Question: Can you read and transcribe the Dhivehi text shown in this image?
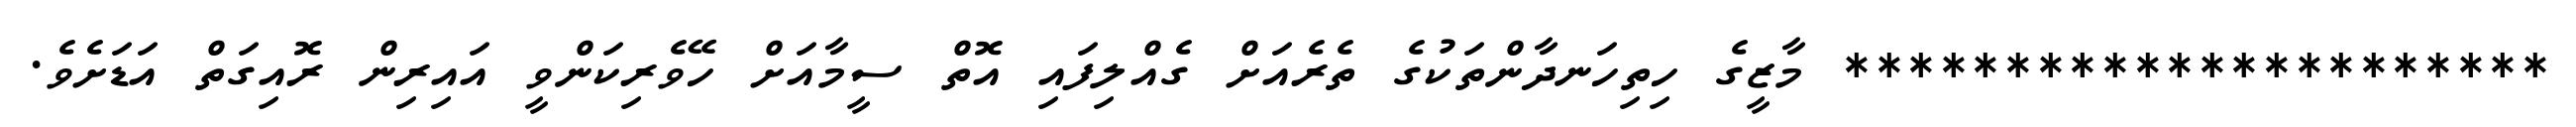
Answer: ********************** މާޒީގެ ހިތިހަނދާންތަކުގެ ތެރެއަށް ގެއްލިފައި އޮތް ސީމާއަށް ހޭވެރިކަންވީ އައިރިން ރޮއިގަތް އަޑަށެވެ.